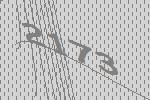
2173